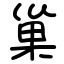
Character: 巢